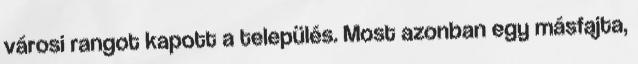
városi rangot kapott a település. Most azonban egy másfajta,